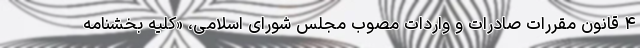
۴ قانون مقررات صادرات و واردات مصوب مجلس شورای اسلامی، «کلیه بخشنامه